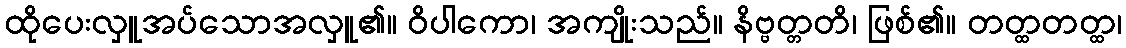
ထိုပေးလှူအပ်သောအလှူ၏။ ဝိပါကော၊ အကျိုးသည်။ နိဗ္ဗတ္တတိ၊ ဖြစ်၏။ တတ္ထတတ္ထ၊